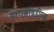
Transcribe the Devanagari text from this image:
पाणकोंबडीच्या